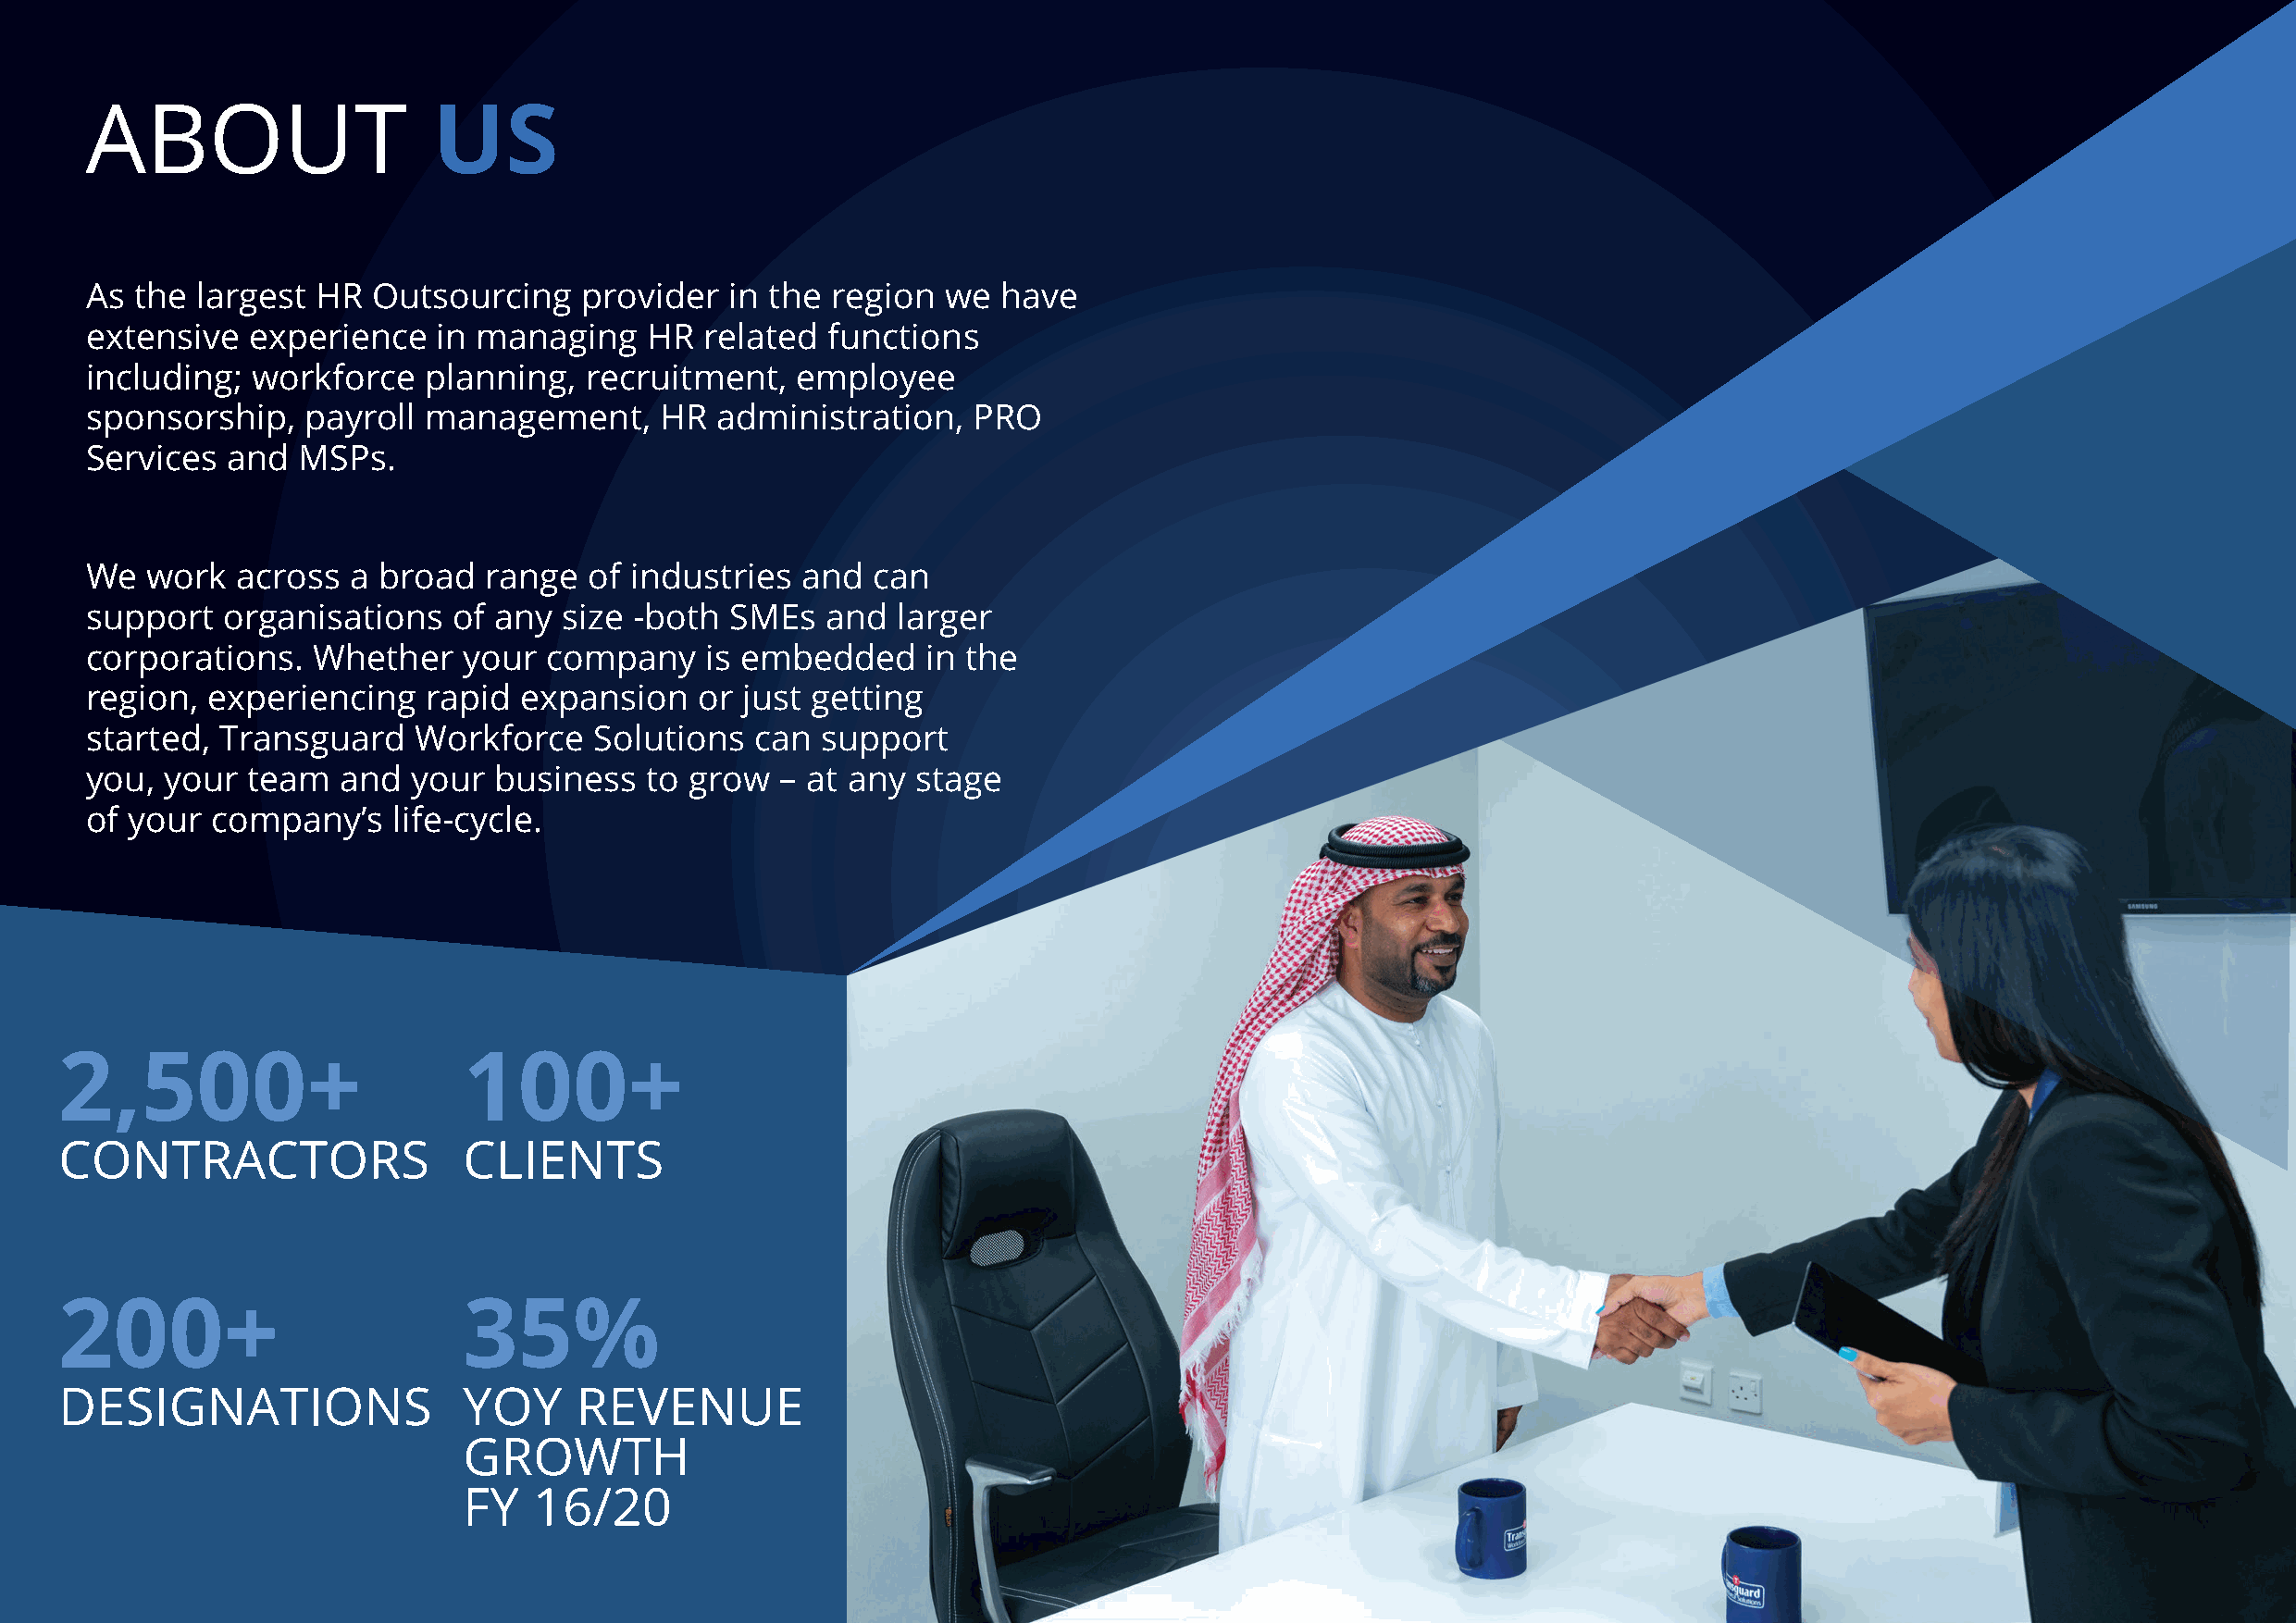
ABOUT                    US
 As  the largest  HR  Outsourcing    provider  in the region   we  have
 extensive   experience   in managing    HR  related  functions
 including;  workforce   planning,   recruitment,   employee
 sponsorship,    payroll management,      HR  administration,    PRO
 Services  and  MSPs.
 We  work   across  a broad   range  of industries  and  can
 support   organisations   of any  size -both  SMEs   and  larger
 corporations.   Whether    your  company    is embedded     in the
 region,  experiencing   rapid  expansion    or just getting
 started,  Transguard    Workforce   Solutions   can  support
 you,  your  team  and  your  business   to grow   – at any stage
 of your  company’s    life-cycle.
 2,500+                       100+
 CONTRACTORS                  CLIENTS
 200+                         35%
 DESIGNATIONS                 YOY     REVENUE
 GROWTH
 FY   16/20